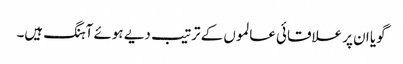
گویا ان پر علاقائی عالموں کے ترتیب دیے ہوئے آہنگ ہیں۔